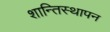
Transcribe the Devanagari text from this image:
शान्तिस्थापन